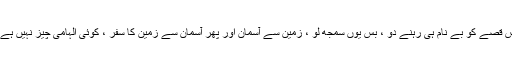
اس قصے کو بے نام ہی رہنے دو ، بس یوں سمجھ لو ، زمین سے آسمان اور پھر آسمان سے زمین کا سفر ، کوئی الہامی چیز نہیں ہے ۔